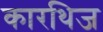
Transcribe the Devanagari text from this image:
कारथिज